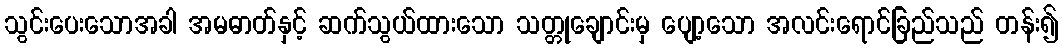
သွင်းပေးသောအခါ အမဓာတ်နှင့် ဆက်သွယ်ထားသော သတ္တုချောင်းမှ ပျော့သော အလင်းရောင်ခြည်သည် တန်း၍